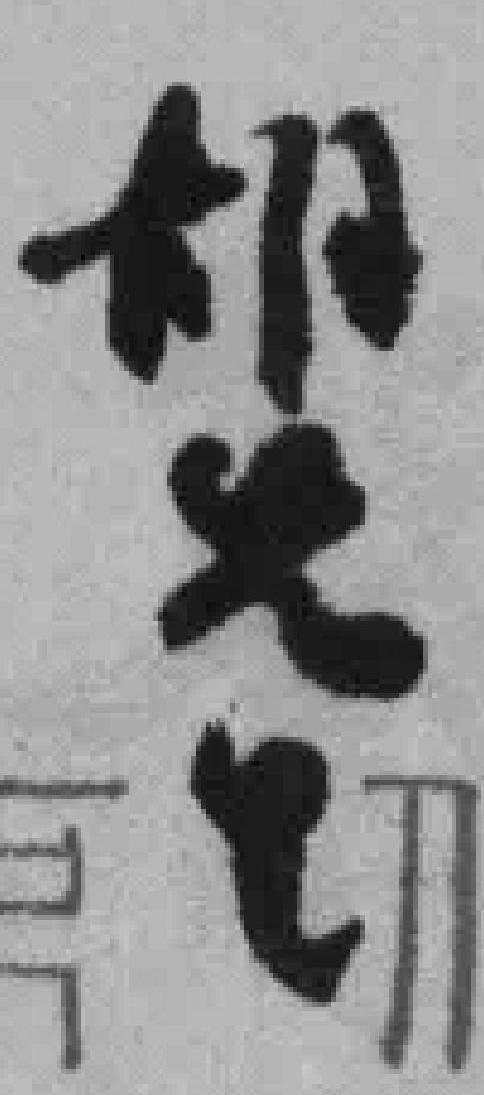
胡*